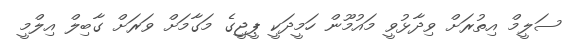
ސަލީމް އިތުރަށް ވިދާޅުވީ މައުމޫން ހަމީދަކީ ޕީޖީގެ މަގާމަށް ވަރަށް ގާބިލް އިލްމީ